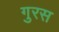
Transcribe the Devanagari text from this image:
गुरस